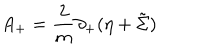
LaTeX: A _ { + } = { \frac { 2 } { m } } \partial _ { + } ( \eta + \tilde { \Sigma } )